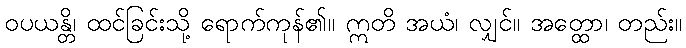
ဝပယန္တိ၊ ထင်ခြင်းသို့ ရောက်ကုန်၏။ ဣတိ အယံ၊ လျှင်။ အတ္ထော၊ တည်း။